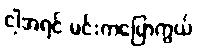
ငါ့အရင် မင်းကပြောကွယ်